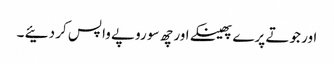
اور جوتے پرے پھینکے اور چھ سو روپے واپس کر دئیے ۔